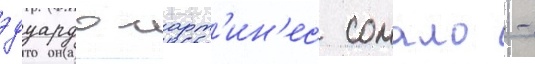
эдуардо март'ин'ес сомало -